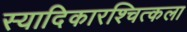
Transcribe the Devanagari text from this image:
स्यादिकारश्चित्कला